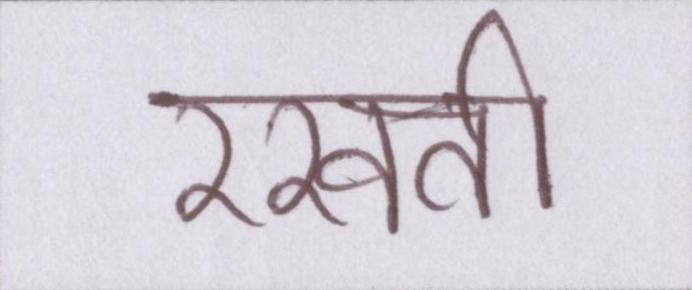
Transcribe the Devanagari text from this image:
रखती